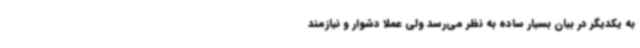
به یکدیگر در بیان بسیار ساده به نظر می‌رسد ولی عملاً دشوار و نیازمند